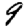
Digit: 9